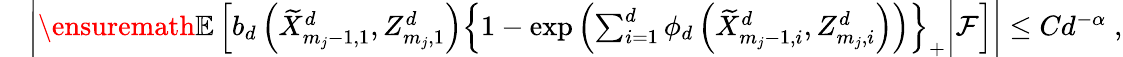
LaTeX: \begin{array}{rl}&{\left\lvert\ensuremath{\mathbb{E}\left[b_{d}\left(\widetilde{X}_{m_{j}-1,1}^{d},Z_{m_{j},1}^{d}\right)\left\lbrace 1-\exp\left(\sum_{i=1}^{d}\phi_{d}\left(\widetilde{X}_{m_{j}-1,i}^{d},Z_{m_{j},i}^{d}\right)\right)\right\rbrace_{+}\middle|\mathcal{F}\right]}\right\rvert\leq Cd^{-\alpha}\; ,}\end{array}